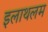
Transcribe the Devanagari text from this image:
इलाथलम